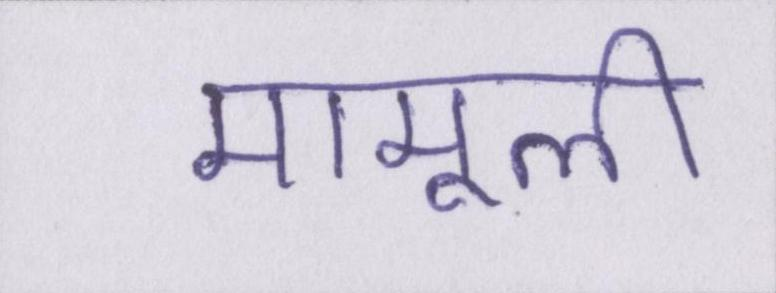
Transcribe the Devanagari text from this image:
मामूली